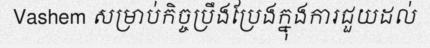
Vashem សម្រាប់កិច្ចប្រឹងប្រែងក្នុងការជួយដល់